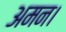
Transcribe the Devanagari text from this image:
अमन।